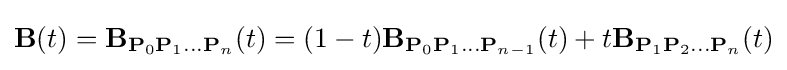
\mathbf {B} (t)=\mathbf {B} _{\mathbf {P} _{0}\mathbf {P} _{1}\ldots \mathbf {P} _{n}}(t)=(1-t)\mathbf {B} _{\mathbf {P} _{0}\mathbf {P} _{1}\ldots \mathbf {P} _{n-1}}(t)+t\mathbf {B} _{\mathbf {P} _{1}\mathbf {P} _{2}\ldots \mathbf {P} _{n}}(t)